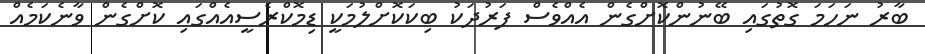
ބާރު ނަހަމަ ގޮތުގައި ބޭނުންކޮށްގެން އެއްވެސް ފަރުދަކު ބިކަކޮށްލުމަކީ ޑިމޮކްރެސީއެއްގައި ކޮށްގެން ވާނެކަމެއް